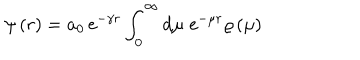
LaTeX: \psi \left( r \right) = a _ { 0 } \, \mathrm { e } ^ { - \gamma r } \int _ { 0 } ^ { \infty } \mathrm { d } \mu \; \mathrm { e } ^ { - \mu r } \varrho \left( \mu \right)